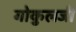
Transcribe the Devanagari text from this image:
गोकुलजी